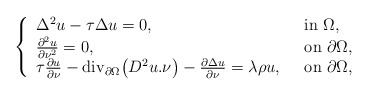
\begin{align*}\left\{\begin{array}{ll}\Delta^2 u -\tau\Delta u=0 ,\ \ & {\rm in}\ \Omega,\\\frac{\partial^2 u}{\partial \nu^2 }=0 ,\ \ & {\rm on}\ \partial \Omega,\\\tau\frac{\partial u}{\partial \nu }-{\rm div}_{\partial\Omega}\big(D^2u.\nu\big)-\frac{\partial\Delta u}{\partial\nu}=\lambda\rho u ,\ \ & {\rm on}\ \partial \Omega,\end{array}\right.\end{align*}